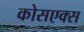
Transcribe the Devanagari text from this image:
कोसएक्स